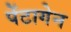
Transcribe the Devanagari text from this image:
पेंटागेन